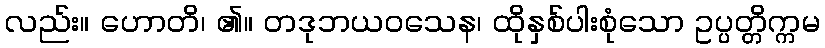
လည်း။ ဟောတိ၊ ၏။ တဒုဘယဝသေန၊ ထိုနှစ်ပါးစုံသော ဥပ္ပတ္တိက္ကမ